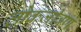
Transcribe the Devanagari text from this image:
लोकजीवण